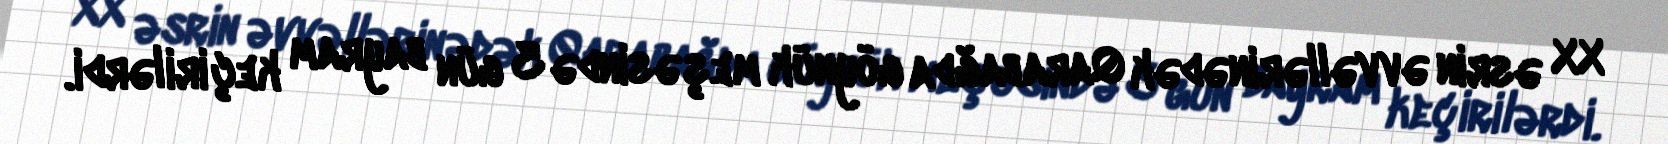
XX əsrin əvvəllərinədək Qarabağda göynük meşəsində 3 gün bayram keçirilərdi.